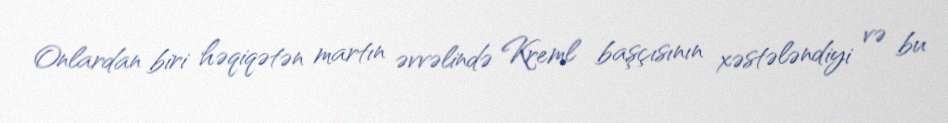
Onlardan biri həqiqətən martın əvvəlində Kreml başçısının xəstələndiyi və bu